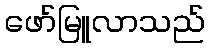
ဖော်မြူလာသည်